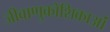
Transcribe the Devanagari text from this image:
जीवाणुकोशिकाओं